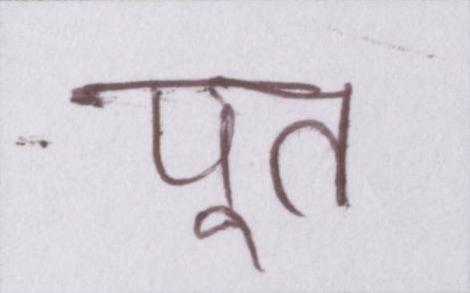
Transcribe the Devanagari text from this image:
पूत